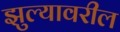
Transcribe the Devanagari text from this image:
झुल्यावरील